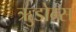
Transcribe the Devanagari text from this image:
ऋुडोम्स